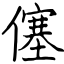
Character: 僿